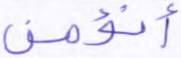
أنؤمن